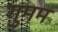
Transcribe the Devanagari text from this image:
गुमम